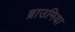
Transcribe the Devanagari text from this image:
ब्राउमिया